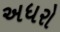
અધરો